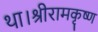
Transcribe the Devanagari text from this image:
था।श्रीरामकृष्ण